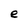
Character: e